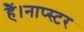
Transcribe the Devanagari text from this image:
हैं।नाप्स्टर